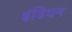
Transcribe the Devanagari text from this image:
इंढियन